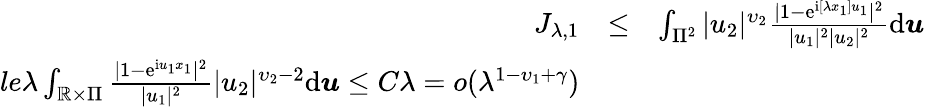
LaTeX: \begin{array}{rlr}{J_{\lambda,1}}&{\le}&{\int_{\Pi^{2}}|u_{2}|^{\upsilon_{2}}\frac{|1-\mathrm e^{\mathrm i[\lambda x_{1}]u_{1}}|^{2}}{|u_{1}|^{2}|u_{2}|^{2}}\mathrm d\boldsymbol{u}}\\ {le\lambda\int_{\mathbb{R}\times\Pi}\frac{|1-\mathrm e^{\mathrm iu_{1}x_{1}}|^{2}}{|u_{1}|^{2}}|u_{2}|^{\upsilon_{2}-2}\mathrm d\boldsymbol{u}\le C\lambda=o(\lambda^{1-\upsilon_{1}+\gamma})}\end{array}